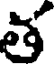
త